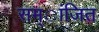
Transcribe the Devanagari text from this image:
सम्ांजित